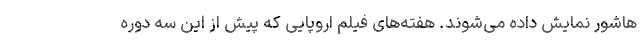
هاشور نمایش داده می‌شوند. هفته‌های فیلم اروپایی که پیش از این سه دوره